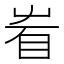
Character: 𥄾